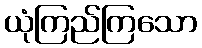
ယုံကြည်ကြသော